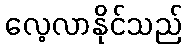
လေ့လာနိုင်သည်